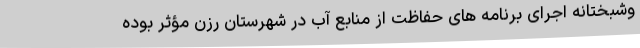
وشبختانه اجرای برنامه های حفاظت از منابع آب در شهرستان رزن مؤثر بوده